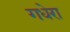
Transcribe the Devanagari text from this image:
गधेरा